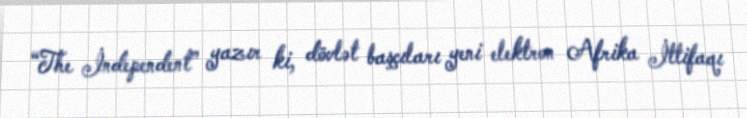
“The İndependent” yazır ki, dövlət başçıları yeni elektron Afrika İttifaqı